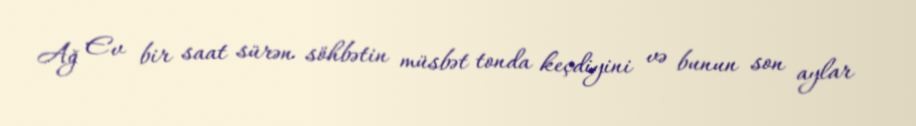
Ağ Ev bir saat sürən söhbətin müsbət tonda keçdiyini və bunun son aylar